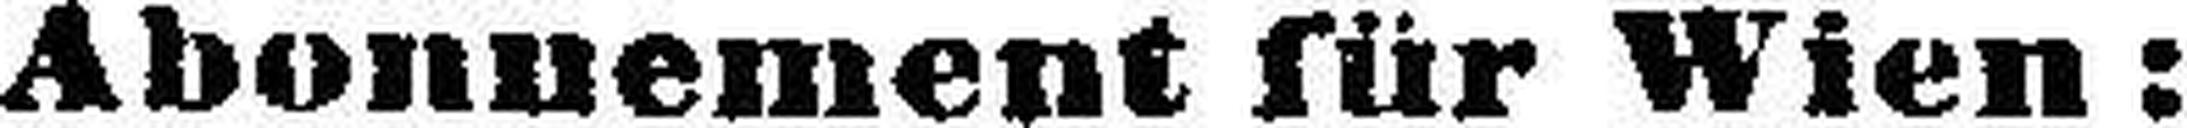
Abonnement für Wien: